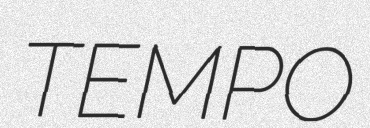
TEMPO